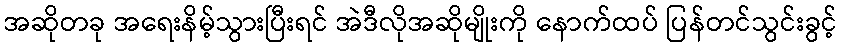
အဆိုတခု အရေးနိမ့်သွားပြီးရင် အဲဒီလိုအဆိုမျိုးကို နောက်ထပ် ပြန်တင်သွင်းခွင့်